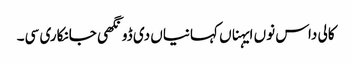
کالی داس نوں ایہناں کہانیاں دی ڈونگھی جانکاری سی۔